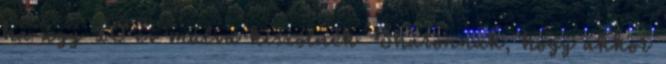
ha úgy 10 év múlva kiszólnék Sharonnak, hogy akkor